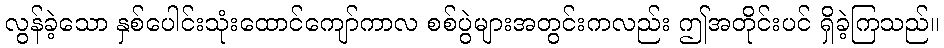
လွန်ခဲ့သော နှစ်ပေါင်းသုံးထောင်ကျော်ကာလ စစ်ပွဲများအတွင်းကလည်း ဤအတိုင်းပင် ရှိခဲ့ကြသည်။